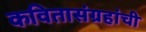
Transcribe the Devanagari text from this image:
कवितासंग्रहांची